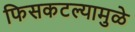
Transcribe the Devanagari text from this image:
फिसकटल्यामुळे